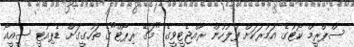
ސްޕްރީމް ކޯޓުގެ އަމުރަކަށް ފުލުހުން ރާއްޖެޓީވީގެ "މަގޭ ރިޕޯޓް"ގެ ތަހުގީގަށް ޑެޕިއުޓީ ސީއީއޯ